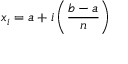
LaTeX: x _ { i } = a + i \left( { \frac { b - a } { n } } \right)